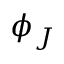
\phi _ { J }